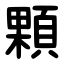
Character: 顆